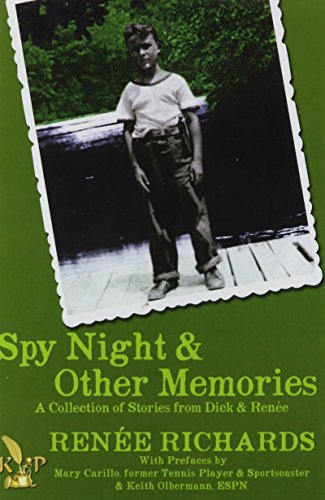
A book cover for Spy Night and Other Memories A Collection of Stories from Dick and RenÃ©e; Renee Richards; Children's Books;